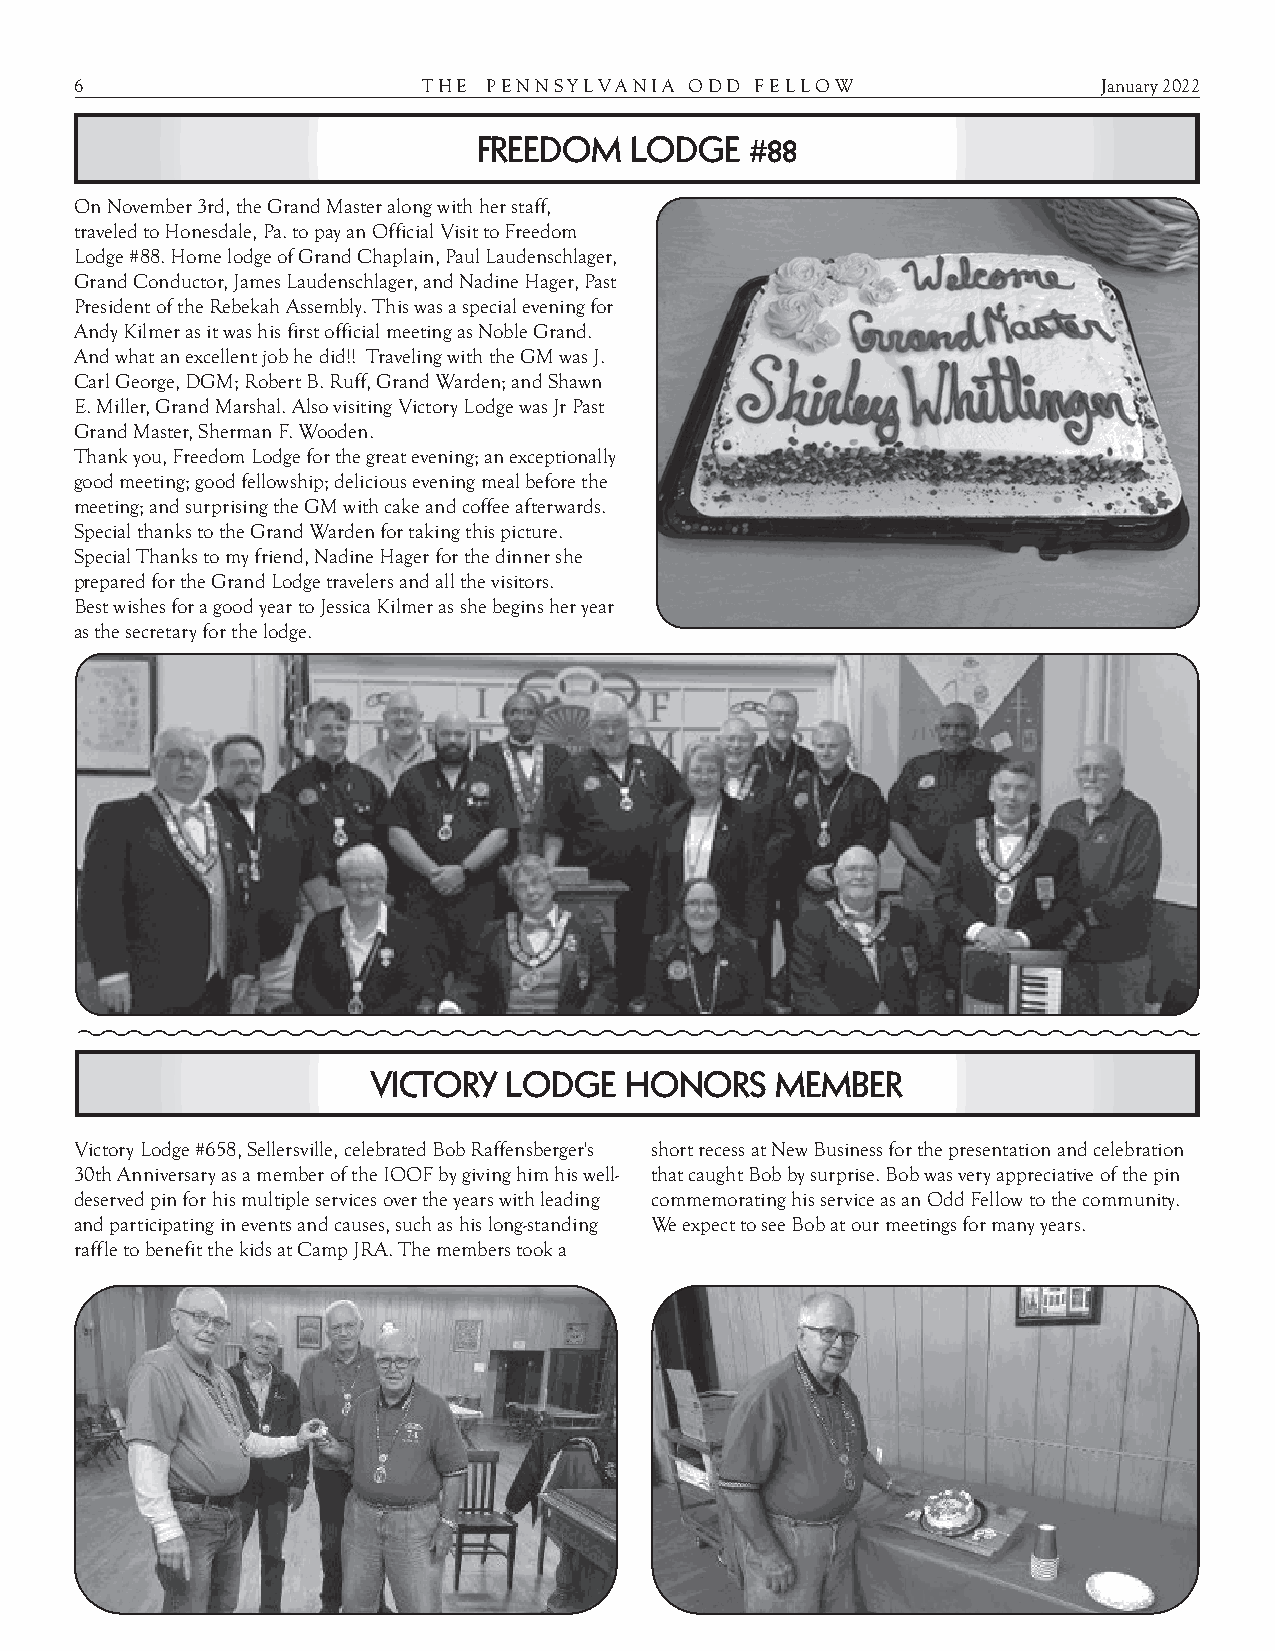
6                      T H E P E N N S Y L V A N I A O D D F E L L O W January 2022
 FREEDOM   LODGE   #88
 On November 3rd, the Grand Master along with her staff,
 traveled to Honesdale, Pa. to pay an Official Visit to Freedom
 Lodge #88. Home lodge of Grand Chaplain, Paul Laudenschlager,
 Grand Conductor, James Laudenschlager, and Nadine Hager, Past
 President of the Rebekah Assembly. This was a special evening for
 Andy Kilmer as it was his first official meeting as Noble Grand.
 And what an excellent job he did!! Traveling with the GM was J.
 Carl George, DGM; Robert B. Ruff, Grand Warden; and Shawn
 E. Miller, Grand Marshal. Also visiting Victory Lodge was Jr Past
 Grand Master, Sherman F. Wooden.
 Thank you, Freedom Lodge for the great evening; an exceptionally
 good meeting; good fellowship; delicious evening meal before the
 meeting; and surprising the GM with cake and coffee afterwards.
 Special thanks to the Grand Warden for taking this picture.
 Special Thanks to my friend, Nadine Hager for the dinner she
 prepared for the Grand Lodge travelers and all the visitors.
 Best wishes for a good year to Jessica Kilmer as she begins her year
 as the secretary for the lodge.
 VICTORY  LODGE  HONORS    MEMBER
 Victory Lodge #658, Sellersville, celebrated Bob Raffensberger's short recess at New Business for the presentation and celebration
 30th Anniversary as a member of the IOOF by giving him his well- that caught Bob by surprise. Bob was very appreciative of the pin
 deserved pin for his multiple services over the years with leading commemorating his service as an Odd Fellow to the community.
 and participating in events and causes, such as his long-standing We expect to see Bob at our meetings for many years.
 raffle to benefit the kids at Camp JRA. The members took a